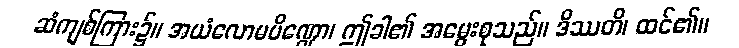
ဆံကျစ်ကြား၌။ အယံလောမပိဏ္ဍော၊ ဤခါ၏ အမွေးစုသည်။ ဒိဿတိ၊ ထင်၏။